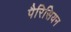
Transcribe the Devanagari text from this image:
पैरिसियन